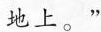
地上。”